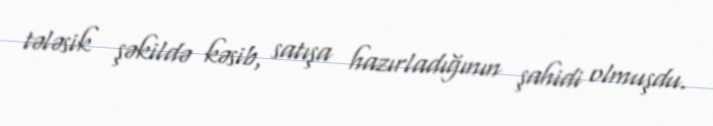
tələsik şəkildə kəsib, satışa hazırladığının şahidi olmuşdu.